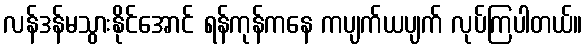
လန်ဒန်မသွားနိုင်အောင် ရန်ကုန်ကနေ ကပျက်ယပျက် လုပ်ကြပါတယ်။